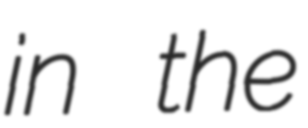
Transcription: in the